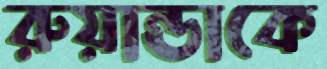
রুয়ান্ডাকে